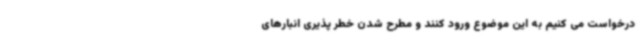
درخواست‌ می کنیم به این موضوع ورود کنند و مطرح شدن خطر پذیری انبارهای